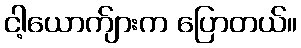
ငါ့ယောက်ျားက ပြောတယ်။